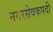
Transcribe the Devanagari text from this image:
नगरसेवकपदी